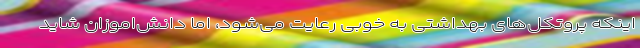
اینکه پروتکل‌های بهداشتی به خوبی رعایت می‌شود، اما دانش‌اموزان شاید